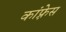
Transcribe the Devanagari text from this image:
कांफ़्रेस